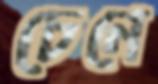
চেনে